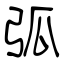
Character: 弧